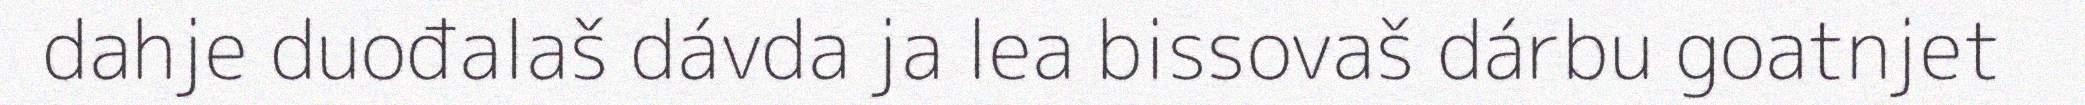
dahje duođalaš dávda ja lea bissovaš dárbu goatnjet